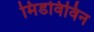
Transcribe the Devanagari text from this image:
मिडविविन